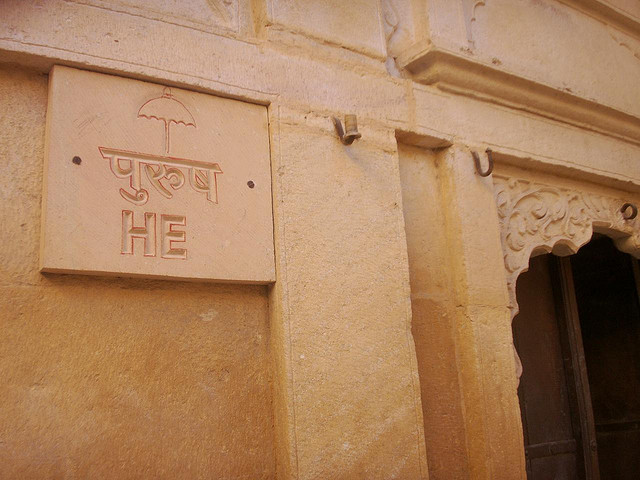
Language: hindi
Transcription: पुरुष